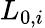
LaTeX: L_{0,i}